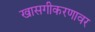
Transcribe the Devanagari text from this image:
खासगीकरणावर